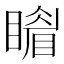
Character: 𥋎